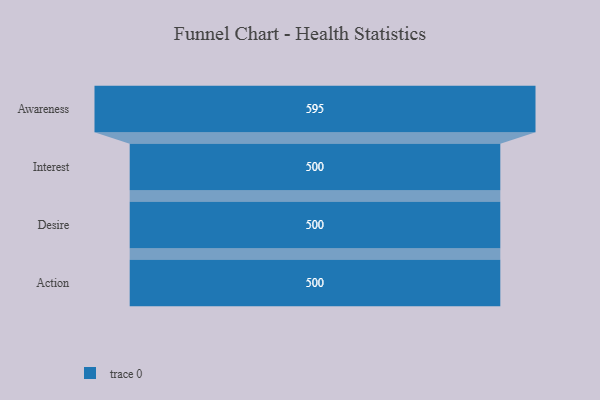
{"axis": {"x": "Stage", "y": "Value"}, "legend": [""], "data": [{"x": "Awareness", "y": 595.0, "type": ""}, {"x": "Interest", "y": 500, "type": ""}, {"x": "Desire", "y": 500, "type": ""}, {"x": "Action", "y": 500, "type": ""}]}